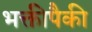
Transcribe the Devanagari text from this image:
भक्तीपैकी